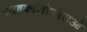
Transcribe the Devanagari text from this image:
साइफॉनोफोराओं